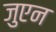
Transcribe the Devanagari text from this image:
जुएन